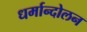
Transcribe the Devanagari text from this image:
धर्मान्दोलन